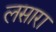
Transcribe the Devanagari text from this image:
लसारा